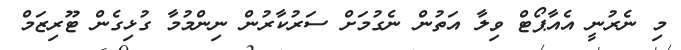
މި ނެރުނީ އެއާޕޯޓް ވިލާ އަތުން ނެގުމަށް ސަރުކާރުން ނިންމުމާ ގުޅިގެން ޓޫރިޒަމް